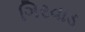
ગિરવાડ